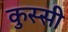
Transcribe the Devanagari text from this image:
कुस्सी